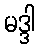
မဒ္ဒါ